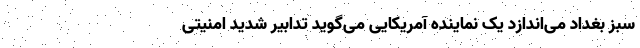
سبز بغداد می‌اندازد یک نماینده آمریکایی می‌گوید تدابیر شدید امنیتی